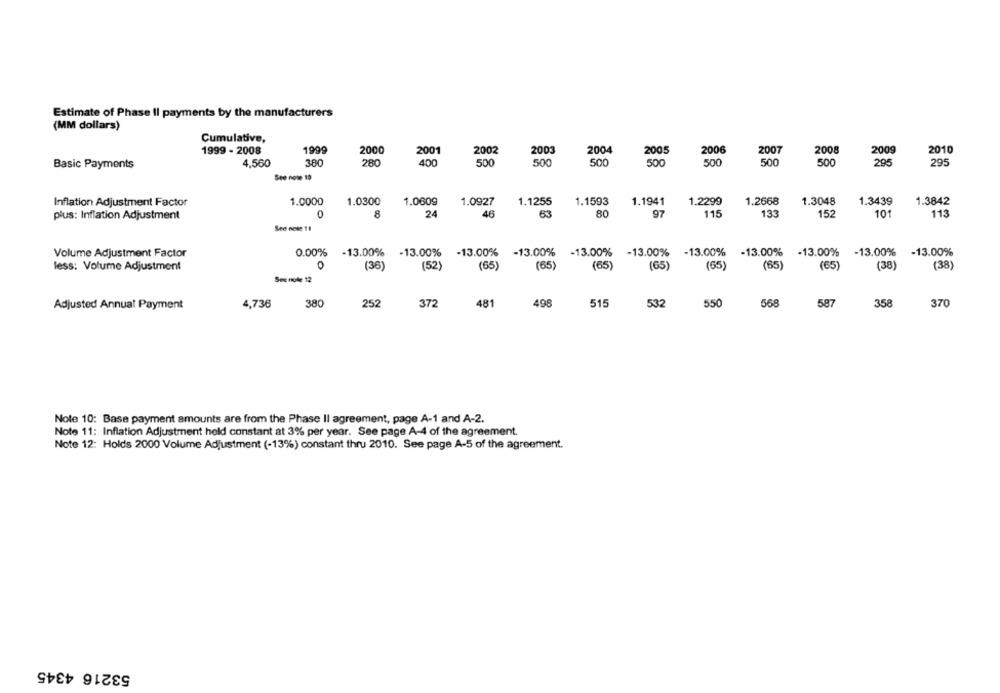
Estimate of Phase Il payments by the manufacturers
(MM dollars)
Cumulative,
1999 - 2008
1999
2000
2001
2002
2003
2004
200.5
2006
2007
2008
2009
2010
Basic Payments
4,560
380
280
400
500
500
500
500
500
500
500
295
295
See note 10
1.0000
1.0300
1.0609
1.1255
1.1593
1.1941
1.2299
1.2668
1.3048
1.3439
1.3842
Inflation Adjustment Factor
1.0927
plus: Inflation Adjustment
0
8
24
46
80
97
115
133
152
101
113
See nese 11
Volume Adjustment Factor
0.00%
-13.00%
-13.00%
-13.00%
-13.00%
-13.00%
-13.00%
-13.00%
-13.00%
-13.00%
-13.00%
-13.00%
less: Volume Adjustment
0
(36)
(52)
(65)
(65)
(65)
(65)
(65)
(65)
(65)
(38)
(38)
See note 12
Adjusted Annuat Payment
4,736
380
252
372
481
498
515
532
550
568
587
358
370
Note 10: Base payment amounts are from the Phase II agreement, page A-1 and A-2.
Note 11: Inflation Adjustment held constant at 3% per year. See page A-4 of the agreement.
Note 12: Holds 2000 Volume Adjustment (-13%) constant thru 2010. See page A-5 of the agreement.
53216 4345